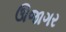
ઊજાગર